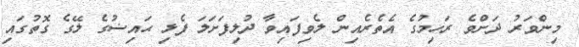
މިންވަރު ދަށްވެ ރަހިމުގެ އެތެރެއިން ލެވިފައިވާ ދުލިފަށަލަ ފެޅި ޙައިޟުގެ ލޭގެ ގޮތުގައި